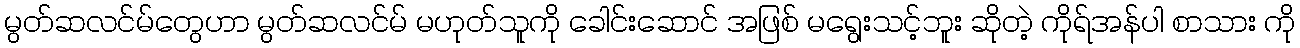
မွတ်ဆလင်မ်တွေဟာ မွတ်ဆလင်မ် မဟုတ်သူကို ခေါင်းဆောင် အဖြစ် မရွေးသင့်ဘူး ဆိုတဲ့ ကိုရ်အန်ပါ စာသား ကို